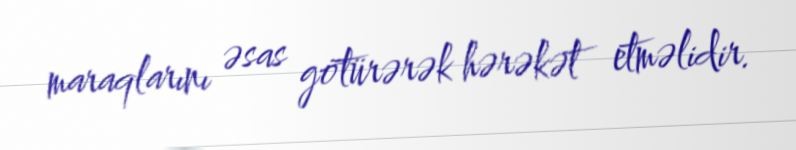
maraqlarını əsas götürərək hərəkət etməlidir.